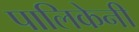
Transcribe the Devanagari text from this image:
पालिकेनी